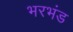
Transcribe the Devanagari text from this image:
भरभंड